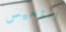
التعيس